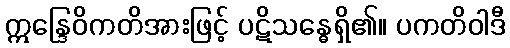
ဣန္ဒြေဝိကတိအားဖြင့် ပဋိသန္ဓေရှိ၏။ ပကတိဝါဒီ